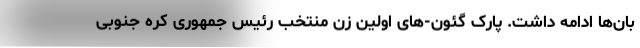
بان‌ها ادامه داشت. پارک گئون-های اولین زن منتخب رئیس جمهوری کره جنوبی